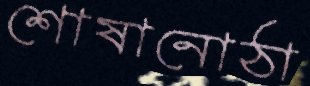
শোষানোঠা